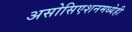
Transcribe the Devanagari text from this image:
असोसिएशनमध्येही